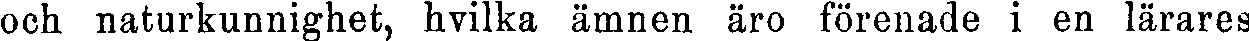
och naturkunnighet, hvilka ämnen äro förenade i en lärares